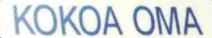
KOKOA OMA